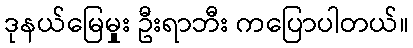
ဒုနယ်မြေမှုုး ဦးရာဘီး ကပြောပါတယ်။